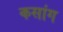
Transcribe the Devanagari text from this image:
कसांग